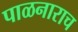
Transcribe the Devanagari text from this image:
पाळनाराच